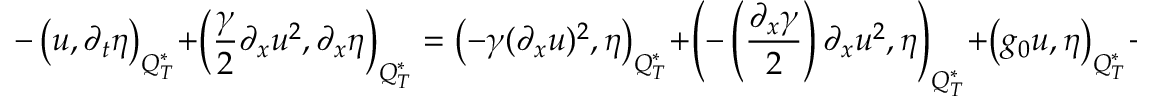
- \left( u , \partial _ { t } \eta \right) _ { Q _ { T } ^ { * } } + \left( \frac { \gamma } { 2 } \partial _ { x } u ^ { 2 } , \partial _ { x } \eta \right) _ { Q _ { T } ^ { * } } = \left( - \gamma ( \partial _ { x } u ) ^ { 2 } , \eta \right) _ { Q _ { T } ^ { * } } + \left( - \left( \frac { \partial _ { x } \gamma } { 2 } \right) \partial _ { x } u ^ { 2 } , \eta \right) _ { Q _ { T } ^ { * } } + \left( g _ { 0 } u , \eta \right) _ { Q _ { T } ^ { * } } + \left( \varphi _ { 0 } , \eta ( x , 0 ) \right) _ { \Omega ^ { * } } ,